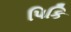
પિકિ